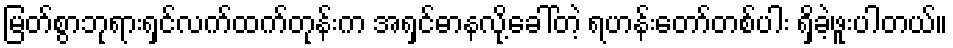
မြတ်စွာဘုရားရှင်လက်ထက်တုန်းက အရှင်ဓာနလို့ခေါ်တဲ့ ရဟန်းတော်တစ်ပါး ရှိခဲ့ဖူးပါတယ်။